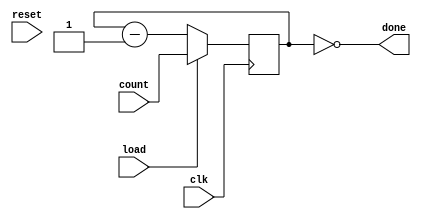
module delay_counter #(
	parameter counter_width = 32
) (
	input clk,
	input reset,

	input [counter_width-1:0] count,	
	input load,
	output done
	);



reg [counter_width-1:0] counter;

always @(posedge clk)
	if(load)
		counter <= count;
	else //if (!done)
		counter <= counter - 1'b1;
	
	
assign done = (counter == 0);


endmodule